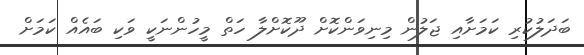
ބަދަލުކުރި ކަމަށާއި ޖަލުން މިނިވަންކޮށް ދޫކޮށްލާ ހަތް މީހުންނަކީ ވަކި ބައެއް ކަމަށް